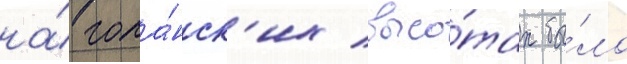
на́ гола́нск'их высо́тах бы́ло